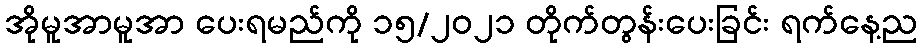
အိုမူအာမူအာ ပေးရမည်ကို ၁၅/၂၀၂၁ တိုက်တွန်းပေးခြင်း ရက်နေ့ည